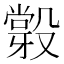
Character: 𣪼